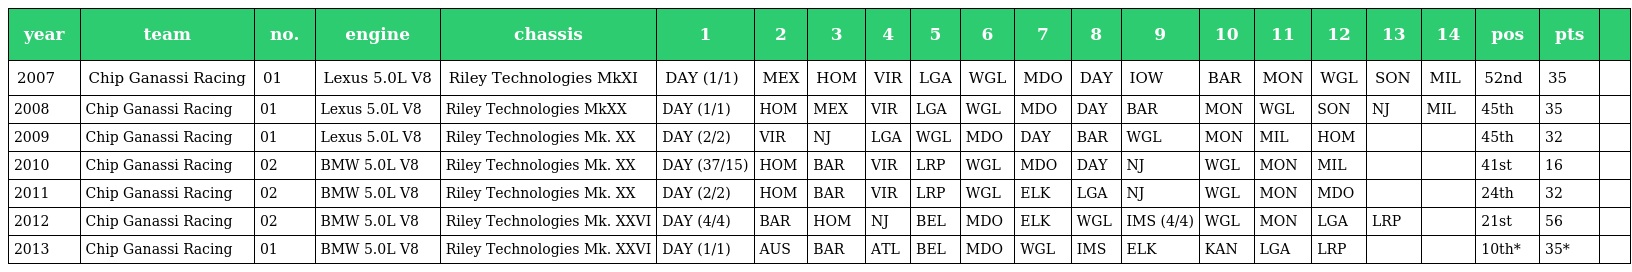
| year | team | no. | engine | chassis | 1 | 2 | 3 | 4 | 5 | 6 | 7 | 8 | 9 | 10 | 11 | 12 | 13 | 14 | pos | pts |  |
 | --- | --- | --- | --- | --- | --- | --- | --- | --- | --- | --- | --- | --- | --- | --- | --- | --- | --- | --- | --- | --- | --- |
 | 2007 | Chip Ganassi Racing | 01 | Lexus 5.0L V8 | Riley Technologies MkXI | DAY (1/1) | MEX | HOM | VIR | LGA | WGL | MDO | DAY | IOW | BAR | MON | WGL | SON | MIL | 52nd | 35 |  |
 | 2008 | Chip Ganassi Racing | 01 | Lexus 5.0L V8 | Riley Technologies MkXX | DAY (1/1) | HOM | MEX | VIR | LGA | WGL | MDO | DAY | BAR | MON | WGL | SON | NJ | MIL | 45th | 35 |  |
 | 2009 | Chip Ganassi Racing | 01 | Lexus 5.0L V8 | Riley Technologies Mk. XX | DAY (2/2) | VIR | NJ | LGA | WGL | MDO | DAY | BAR | WGL | MON | MIL | HOM |  |  | 45th | 32 |  |
 | 2010 | Chip Ganassi Racing | 02 | BMW 5.0L V8 | Riley Technologies Mk. XX | DAY (37/15) | HOM | BAR | VIR | LRP | WGL | MDO | DAY | NJ | WGL | MON | MIL |  |  | 41st | 16 |  |
 | 2011 | Chip Ganassi Racing | 02 | BMW 5.0L V8 | Riley Technologies Mk. XX | DAY (2/2) | HOM | BAR | VIR | LRP | WGL | ELK | LGA | NJ | WGL | MON | MDO |  |  | 24th | 32 |  |
 | 2012 | Chip Ganassi Racing | 02 | BMW 5.0L V8 | Riley Technologies Mk. XXVI | DAY (4/4) | BAR | HOM | NJ | BEL | MDO | ELK | WGL | IMS (4/4) | WGL | MON | LGA | LRP |  | 21st | 56 |  |
 | 2013 | Chip Ganassi Racing | 01 | BMW 5.0L V8 | Riley Technologies Mk. XXVI | DAY (1/1) | AUS | BAR | ATL | BEL | MDO | WGL | IMS | ELK | KAN | LGA | LRP |  |  | 10th* | 35* |  |